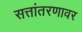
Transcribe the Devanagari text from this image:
सत्तांतरणावर